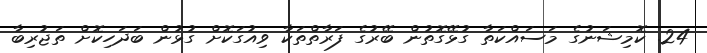
24. ކޮމިޝަނުގެ މަސައްކަތާ ގުޅޭގޮތުން ބޭރުގެ ފަރާތްތަކާ ވިއުގަކޮށް ގުޅުން ބަދަހިކޮށް ތަޖުރިބާ